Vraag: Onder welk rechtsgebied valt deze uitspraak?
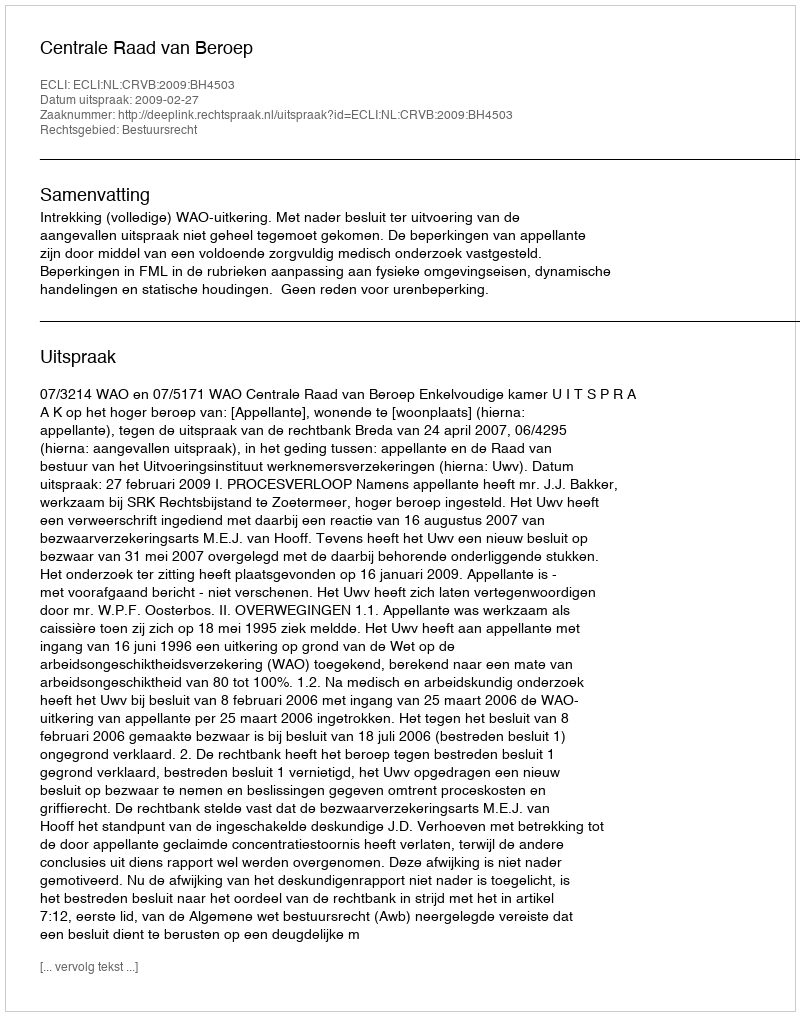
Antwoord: Bestuursrecht